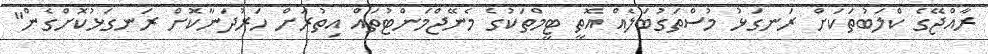
ރާއްޖޭގެ ކްލަބުތަކަށް ރަނގަޅު މުސްތަގުބަލެއް އޮތީ ޓީމްތަކުގެ މެނޭޖްމަންޓުތައް އިތުރަށް ހަރުދަނާކޮށް ރަނގަޅުކޮށްގެން"